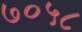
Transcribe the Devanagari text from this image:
७०५८